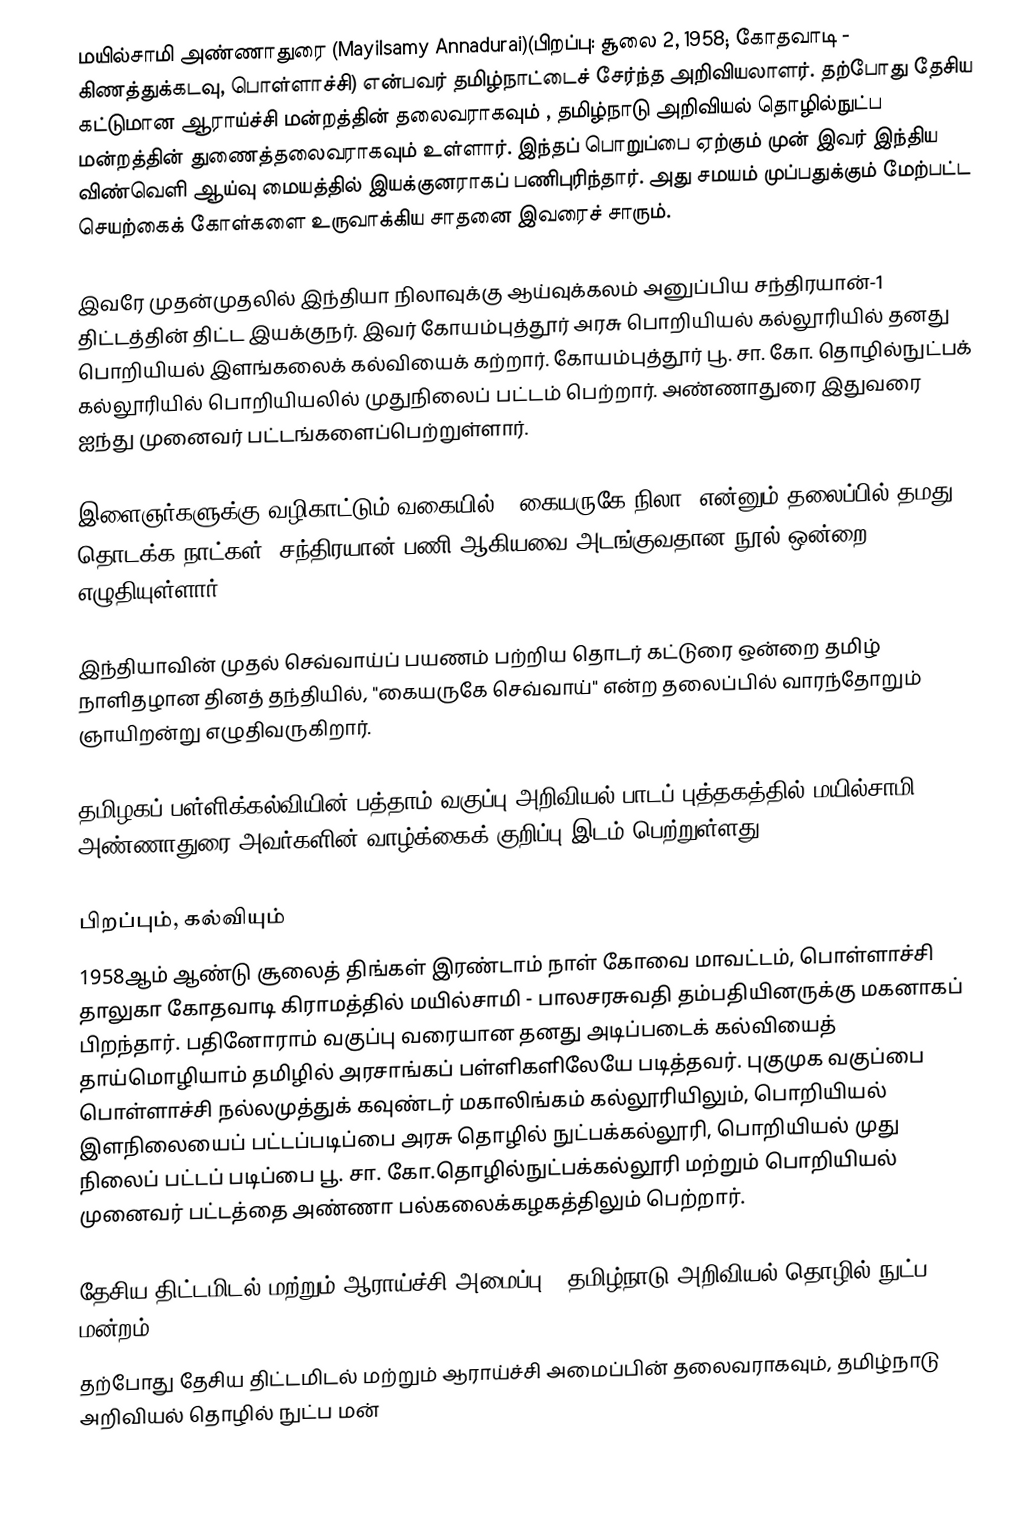
மயில்சாமி அண்ணாதுரை (Mayilsamy Annadurai)(பிறப்பு: சூலை 2, 1958; கோதவாடி - கிணத்துக்கடவு, பொள்ளாச்சி) என்பவர் தமிழ்நாட்டைச் சேர்ந்த அறிவியலாளர்.  தற்போது  தேசிய கட்டுமான ஆராய்ச்சி மன்றத்தின் தலைவராகவும் , தமிழ்நாடு அறிவியல் தொழில்நுட்ப மன்றத்தின் துணைத்தலைவராகவும்  உள்ளார். இந்தப் பொறுப்பை ஏற்கும் முன் இவர் இந்திய விண்வெளி ஆய்வு மையத்தில் இயக்குனராகப் பணிபுரிந்தார். அது சமயம் முப்பதுக்கும் மேற்பட்ட செயற்கைக் கோள்களை உருவாக்கிய சாதனை இவரைச் சாரும்.

இவரே முதன்முதலில் இந்தியா நிலாவுக்கு ஆய்வுக்கலம் அனுப்பிய சந்திரயான்-1 திட்டத்தின் திட்ட இயக்குநர்.  இவர் கோயம்புத்தூர் அரசு பொறியியல் கல்லூரியில் தனது பொறியியல் இளங்கலைக் கல்வியைக் கற்றார். கோயம்புத்தூர் பூ. சா. கோ. தொழில்நுட்பக் கல்லூரியில் பொறியியலில் முதுநிலைப் பட்டம் பெற்றார். அண்ணாதுரை இதுவரை ஐந்து முனைவர் பட்டங்களைப்பெற்றுள்ளார்.

இளைஞர்களுக்கு வழிகாட்டும் வகையில்,  "கையருகே நிலா" என்னும் தலைப்பில் தமது தொடக்க நாட்கள், சந்திரயான் பணி ஆகியவை அடங்குவதான நூல் ஒன்றை எழுதியுள்ளார்.

இந்தியாவின் முதல் செவ்வாய்ப் பயணம் பற்றிய தொடர் கட்டுரை ஒன்றை தமிழ் நாளிதழான தினத் தந்தியில், "கையருகே செவ்வாய்" என்ற தலைப்பில் வாரந்தோறும் ஞாயிறன்று எழுதிவருகிறார்.

தமிழகப் பள்ளிக்கல்வியின் பத்தாம் வகுப்பு அறிவியல் பாடப் புத்தகத்தில் மயில்சாமி அண்ணாதுரை அவர்களின் வாழ்க்கைக் குறிப்பு இடம் பெற்றுள்ளது.

பிறப்பும், கல்வியும்
1958ஆம் ஆண்டு சூலைத் திங்கள் இரண்டாம் நாள் கோவை மாவட்டம், பொள்ளாச்சி தாலுகா கோதவாடி கிராமத்தில் மயில்சாமி - பாலசரசுவதி தம்பதியினருக்கு மகனாகப் பிறந்தார். பதினோராம் வகுப்பு வரையான தனது அடிப்படைக் கல்வியைத் தாய்மொழியாம் தமிழில் அரசாங்கப் பள்ளிகளிலேயே படித்தவர். புகுமுக வகுப்பை பொள்ளாச்சி நல்லமுத்துக் கவுண்டர் மகாலிங்கம் கல்லூரியிலும், பொறியியல் இளநிலையைப் பட்டப்படிப்பை அரசு தொழில் நுட்பக்கல்லூரி, பொறியியல் முது நிலைப் பட்டப் படிப்பை பூ. சா. கோ.தொழில்நுட்பக்கல்லூரி மற்றும் பொறியியல் முனைவர் பட்டத்தை அண்ணா பல்கலைக்கழகத்திலும் பெற்றார்.

தேசிய திட்டமிடல் மற்றும் ஆராய்ச்சி அமைப்பு  &  தமிழ்நாடு அறிவியல் தொழில் நுட்ப மன்றம்
தற்போது  தேசிய திட்டமிடல் மற்றும் ஆராய்ச்சி அமைப்பின் தலைவராகவும்,   தமிழ்நாடு அறிவியல் தொழில் நுட்ப மன்